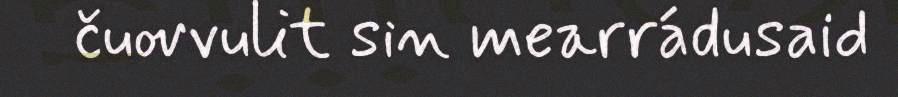
čuovvulit sin mearrádusaid